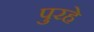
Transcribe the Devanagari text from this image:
पुरहे